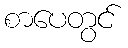
စာပေတွင်